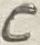
Text: C